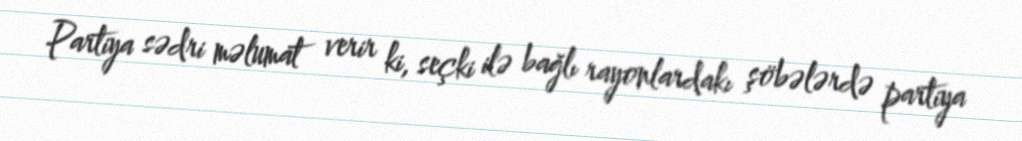
Partiya sədri məlumat verir ki, seçki ilə bağlı rayonlardakı şöbələrdə partiya